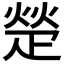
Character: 𬏙